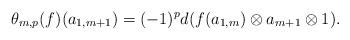
LaTeX: \begin{align*} \theta_{m,p}(f)(a_{1,m+1})=(-1)^pd(f(a_{1,m})\otimes a_{m+1}\otimes 1).\end{align*}